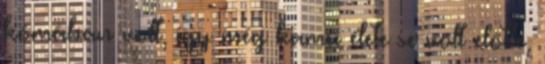
kómában volt, így még kamu élete se volt előtte,